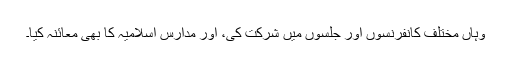
وہاں مختلف کانفرنسوں اور جلسوں میں شرکت کی، اور مدارس اسلامیہ کا بھی معائنہ کیا۔